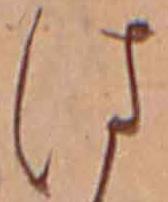
は